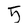
Character: 5